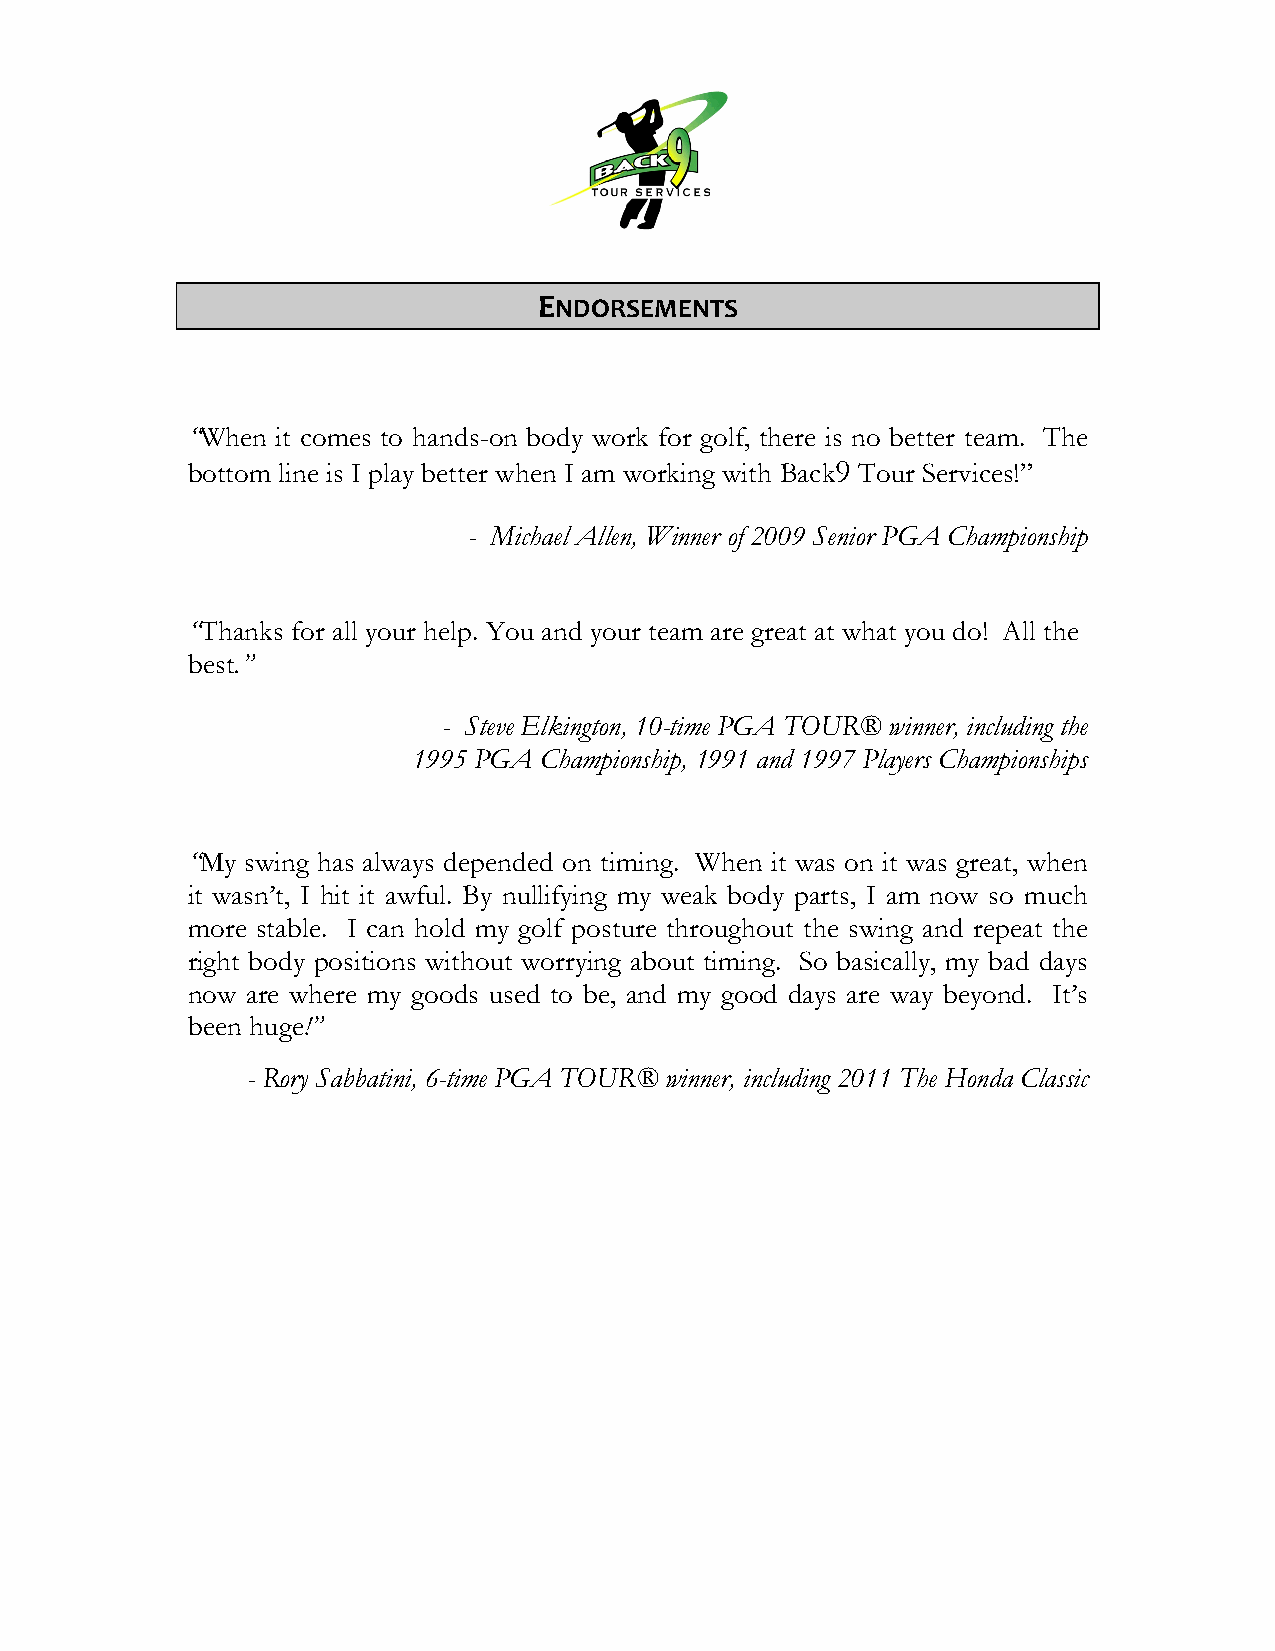
ENDORSEMENTS
 “When it comes to hands-on body work for golf, there is no better team. The
 bottom line is I play better when I am working with Back9 Tour Services!”
 - Michael Allen, Winner of 2009 Senior PGA Championship
 “Thanks for all your help. You and your team are great at what you do! All the
 best.”
 - Steve Elkington, 10-time PGA TOUR® winner, including the
 1995 PGA Championship, 1991 and 1997 Players Championships
 “My swing has always depended on timing. When it was on it was great, when
 it wasn’t, I hit it awful. By nullifying my weak body parts, I am now so much
 more stable. I can hold my golf posture throughout the swing and repeat the
 right body positions without worrying about timing. So basically, my bad days
 now are where my goods used to be, and my good days are way beyond. It’s
 been huge!”
 - Rory Sabbatini, 6-time PGA TOUR® winner, including 2011 The Honda Classic